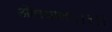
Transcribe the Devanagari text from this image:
औषधाला।।३।।